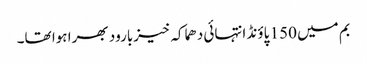
بم میں 150 پاؤنڈ انتہائی دھماکہ خیزبارود بھرا ہوا تھا۔